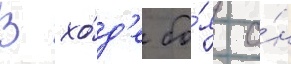
В хо́д'е бо́я о́н